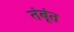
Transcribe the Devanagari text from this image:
तंबूंत